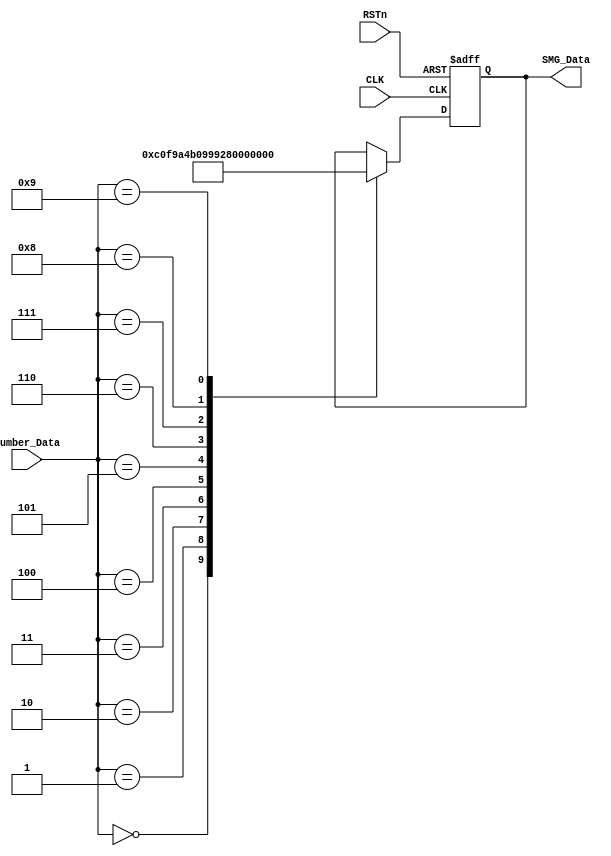
/***************************************/
// :  -> 7        //
/***************************************/
module smg_encode_module
(
	 input CLK,
	 input RSTn,
	 input [3:0]Number_Data,
	 output [7:0]SMG_Data
);

	 /***************************************/
	 
	 parameter _0 = 8'b1100_0000, _1 = 8'b1111_1001, _2 = 8'b1010_0100, 
	           _3 = 8'b1011_0000, _4 = 8'b1001_1001, _5 = 8'b1001_0010, 
				  _6 = 8'b1000_0010, _7 = 8'b1111_1000, _8 = 8'b1000_0000,
				  _9 = 8'b1001_0000;
	 
	 /***************************************/
	 
	 reg [7:0]rSMG;

	 always @ ( posedge CLK or negedge RSTn )
	     if( !RSTn )
		      begin
				    rSMG <= 8'b1111_1111;
				end
        else 
		       case( Number_Data )
		           
					  4'd0 : rSMG <= _0;
					  4'd1 : rSMG <= _1;
					  4'd2 : rSMG <= _2;
					  4'd3 : rSMG <= _3;
					  4'd4 : rSMG <= _4;
					  4'd5 : rSMG <= _5;
					  4'd6 : rSMG <= _6;
					  4'd7 : rSMG <= _7;
					  4'd8 : rSMG <= _8;
					  4'd9 : rSMG <= _9;
					  
				 endcase
		      
	 /***************************************/
	 
	 assign SMG_Data = rSMG;
	 
	 /***************************************/
			  
endmodule